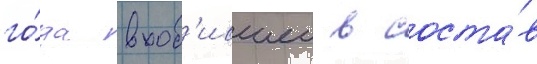
го́да вход'ившеи в соста́в